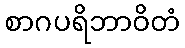
စာဂပရိဘာဝိတံ